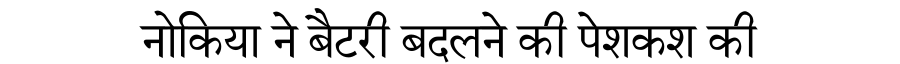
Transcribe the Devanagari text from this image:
नोकिया ने बैटरी बदलने की पेशकश की